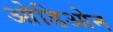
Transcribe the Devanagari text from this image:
ओडिओन